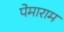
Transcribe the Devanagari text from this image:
पेमाराम